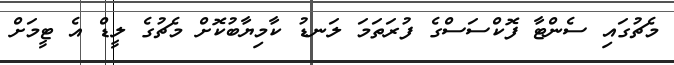
މެޗުގައި ސެންޓާ ފޮކްސަސްގެ ފުރަތަމަ ލަނޑު ކާމިޔާބުކޮށް މެޗުގެ ލީޑް އެ ޓީމަށް